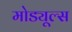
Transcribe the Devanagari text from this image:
मोड्यूल्स